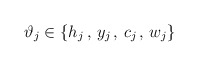
\begin{align*}\vartheta _{j}\in \{h_{j}\, ,\, y_{j}\, ,\, c_{j}\, ,\, w_{j}\}\end{align*}